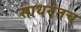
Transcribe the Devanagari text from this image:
साधनेतच